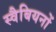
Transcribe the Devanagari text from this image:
स्वैबियनों